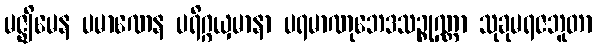
မဇ္ဈိမေန ပမာဏေန ပရိဂ္ဂယှမာနာ ပရမာဏုဘေဒသဉ္စုဏ္ဏာ သုခုမရဇဘူတာ